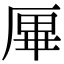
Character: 𠩿